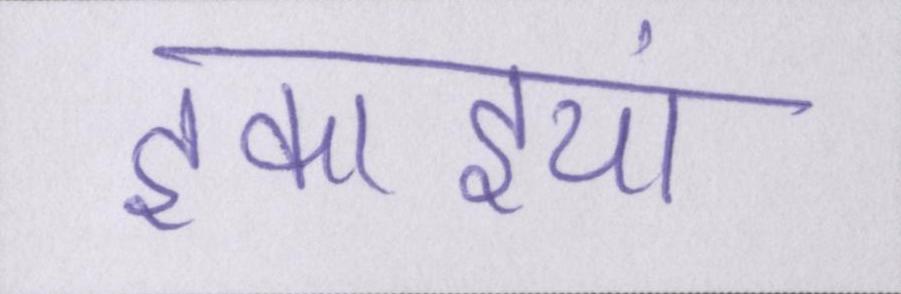
इकाइयां